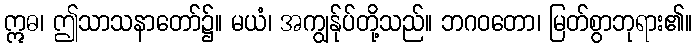
ဣဓ၊ ဤသာသနာတော်၌။ မယံ၊ အကျွန်ုပ်တို့သည်။ ဘဂဝတော၊ မြတ်စွာဘုရား၏။